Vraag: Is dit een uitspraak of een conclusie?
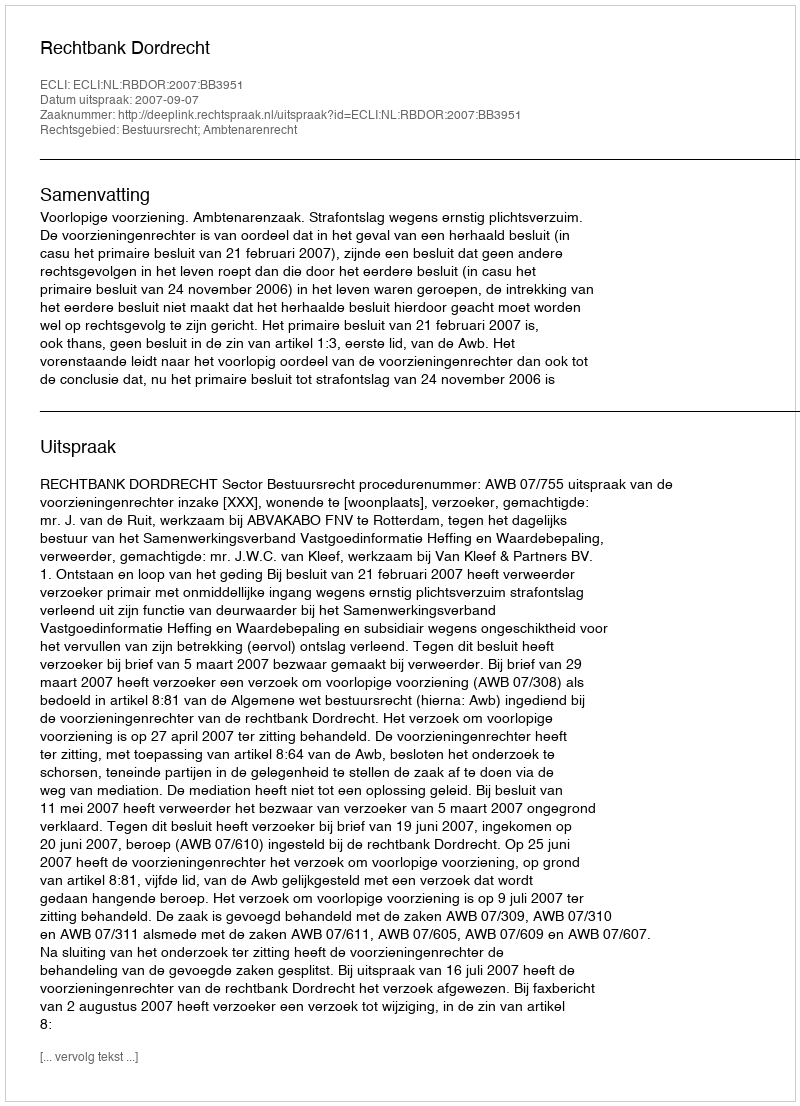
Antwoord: Uitspraak